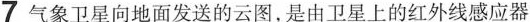
7 气象卫星向地面发送的云图，是由卫星上的红外线感应器